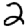
Digit: 2